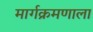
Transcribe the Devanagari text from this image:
मार्गक्रमणाला